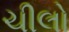
ચીલો